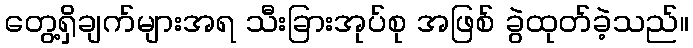
တွေ့ရှိချက်များအရ သီးခြားအုပ်စု အဖြစ် ခွဲထုတ်ခဲ့သည်။